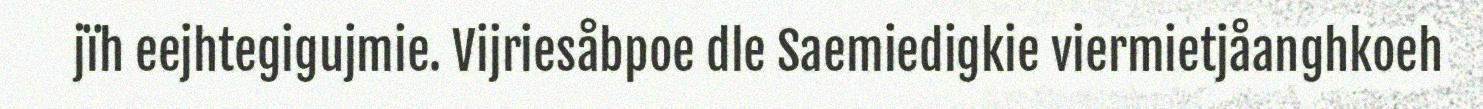
jïh eejhtegigujmie. Vijriesåbpoe dle Saemiedigkie viermietjåanghkoeh